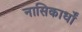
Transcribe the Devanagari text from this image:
नासिकार्धों